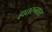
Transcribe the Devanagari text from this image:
हातरुनात